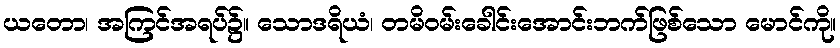
ယတော၊ အကြင်အရပ်၌။ သောဒရိယံ၊ တမိဝမ်းခေါင်းအောင်းဘက်ဖြစ်သော မောင်ကို။